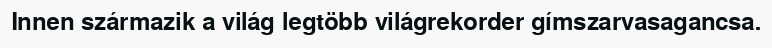
Innen származik a világ legtöbb világrekorder gímszarvasagancsa.